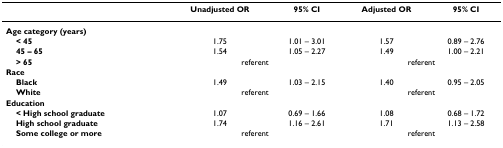
<table><thead><tr><td></td><td><b>Unadjusted OR</b></td><td><b>95% CI</b></td><td><b>Adjusted OR</b></td><td><b>95% CI</b></td></tr></thead><tbody><tr><td><b>Age category (years)</b></td><td></td><td></td><td></td><td></td></tr><tr><td> <b>&lt; 45</b></td><td>1.75</td><td>1.01 – 3.01</td><td>1.57</td><td>0.89 – 2.76</td></tr><tr><td> <b>45 – 65</b></td><td>1.54</td><td>1.05 – 2.27</td><td>1.49</td><td>1.00 – 2.21</td></tr><tr><td> <b>&gt; 65</b></td><td colspan="2">referent</td><td colspan="2">referent</td></tr><tr><td><b>Race</b></td><td></td><td></td><td></td><td></td></tr><tr><td> <b>Black</b></td><td>1.49</td><td>1.03 – 2.15</td><td>1.40</td><td>0.95 – 2.05</td></tr><tr><td> <b>White</b></td><td colspan="2">referent</td><td colspan="2">referent</td></tr><tr><td><b>Education</b></td><td></td><td></td><td></td><td></td></tr><tr><td> <b>&lt; High school graduate</b></td><td>1.07</td><td>0.69 – 1.66</td><td>1.08</td><td>0.68 – 1.72</td></tr><tr><td> <b>High school graduate</b></td><td>1.74</td><td>1.16 – 2.61</td><td>1.71</td><td>1.13 – 2.58</td></tr><tr><td> <b>Some college or more</b></td><td colspan="2">referent</td><td colspan="2">referent</td></tr></tbody></table>